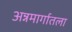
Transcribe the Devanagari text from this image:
अन्नमार्गातला